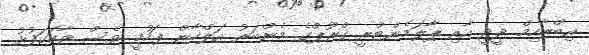
އިބްރާހިމް ދީދީ އާއި ޕާލަމެންޓްރީ ގްރޫޕްގެ މެންބަރު އަލްހާން ފަހުމީ ވެސް ވާހަކަފުޅު